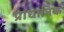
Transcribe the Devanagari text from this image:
प्राधानिक